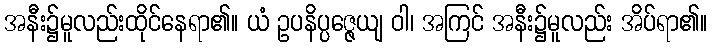
အနီး၌မူလည်းထိုင်နေရာ၏။ ယံ ဥပနိပ္ပဇ္ဇေယျ ဝါ၊ အကြင် အနီး၌မူလည်း အိပ်ရာ၏။